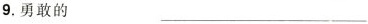
9.勇敢的 ___